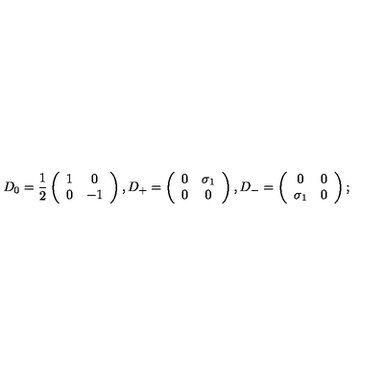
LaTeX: D _ { 0 } = \frac { 1 } { 2 } \left( \begin{array} { c c } { 1 } & { 0 } \\ { 0 } & { - 1 } \\ \end{array} \right) , D _ { + } = \left( \begin{array} { c c } { 0 } & { \sigma _ { 1 } } \\ { 0 } & { 0 } \\ \end{array} \right) , D _ { - } = \left( \begin{array} { c c } { 0 } & { 0 } \\ { \sigma _ { 1 } } & { 0 } \\ \end{array} \right) ;